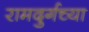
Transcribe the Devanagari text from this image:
रामदुर्गच्या